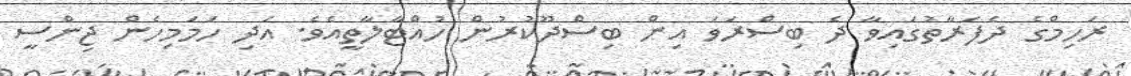
ރަހިމްގެ ދެފަރާތުގައިވާ ދެ ބިސްރަވަ އިން ބިސްދޫކުރުން ހުއްޓާލާތީއެވެ. އަދި ހަމަމިހެން ޖިންސީ